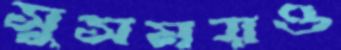
সুসময়ও